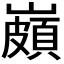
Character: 𡽠